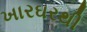
ખારઘરથી